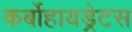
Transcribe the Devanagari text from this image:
कर्बोहायड्रेटस